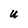
Character: U